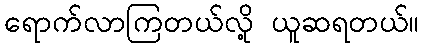
ရောက်လာကြတယ်လို့ ယူဆရတယ်။